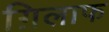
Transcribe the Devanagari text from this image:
ग़िलाफ